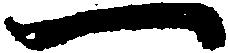
一